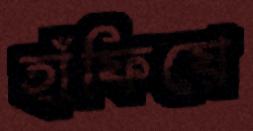
হাঁফিয়ে